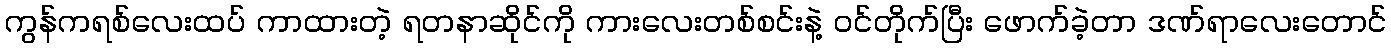
ကွန်ကရစ်လေးထပ် ကာထားတဲ့ ရတနာဆိုင်ကို ကားလေးတစ်စင်းနဲ့ ဝင်တိုက်ပြီး ဖောက်ခဲ့တာ ဒဏ်ရာလေးတောင်